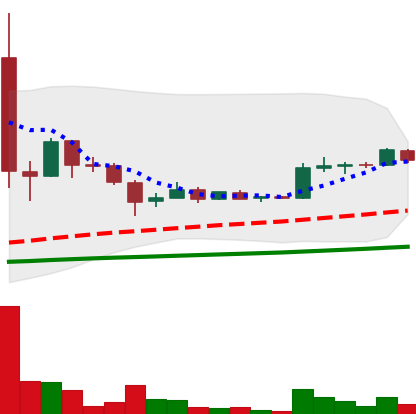
Ticker: LTC-USD
Chart end date: 2015-07-29
Forward return: -13.246%
Label: down_7plus